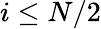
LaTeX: i\leq N/2